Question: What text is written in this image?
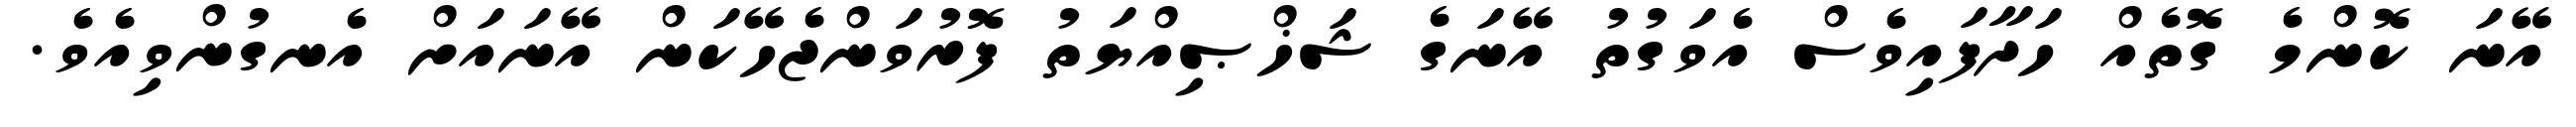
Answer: އޭނަ ކޮންމެ ގޮތެއް ހަދާފައިވެސް އެވަގުތު އޭނަގެ ޝަޚްޞިއްޔަތު ފޮރުވަންޖެހޭކަން އޭނައަށް އެނގުންވިއެވެ.